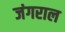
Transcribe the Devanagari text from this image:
जंगराल